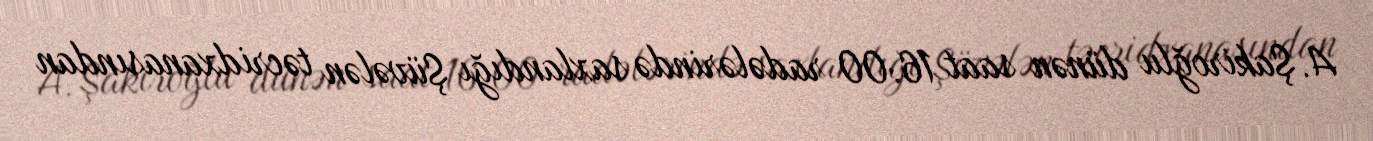
A. Şakiroğlu dünən saat 16:00 radələrində saxlandığı Şüvələn təcridxanasından